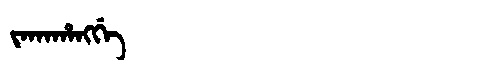
Manchu: ᠵᠠᡴᠠᡥᠠᠩᡤᡝ
Romanization: JAKAHANGGE